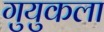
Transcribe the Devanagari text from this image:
गुयुकला